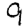
Digit: 9